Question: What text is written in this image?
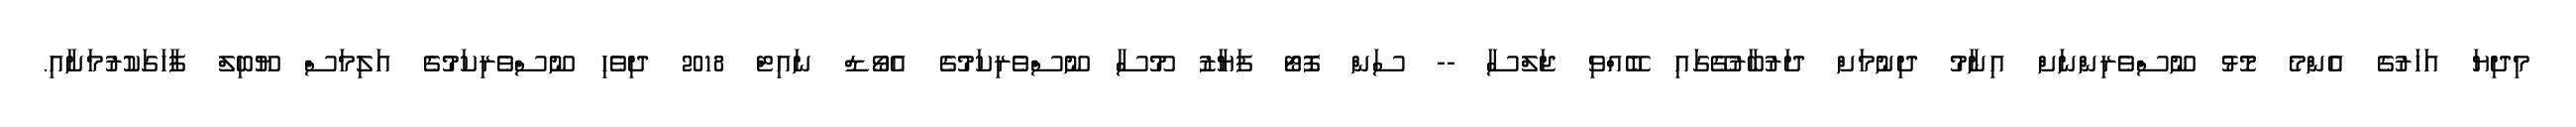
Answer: މިދިޔަ އަހަރުގެ އެންމެ މޮޅު ނޫސްވެރިންނަށް އިނާމު ދިނުމަށް ދަރުބާރުގޭގައި ބޭއްވި ޖަލްސާ -- ސަން ފޮޓޯ ފަޔާޒު މޫސާ ނޫސްވެރިކަމުގެ އެވޯޑް ނައިޓް 2018 ދިވެހި ނޫސްވެރިކަމުގެ އަލިމަސް ޔޫބިލް ފާހަގަކުރުމަށާއި.